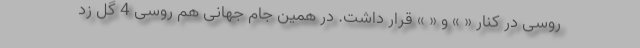
روسی در کنار « » و « » قرار داشت. در همین جام جهانی هم روسی 4 گل زد